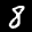
Label: 8